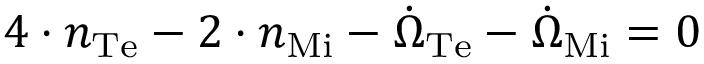
4 \cdot n _ { \mathrm { { T e } } } - 2 \cdot n _ { \mathrm { { M i } } } - { \dot { \Omega } } _ { \mathrm { { T e } } } - { \dot { \Omega } } _ { \mathrm { { M i } } } = 0